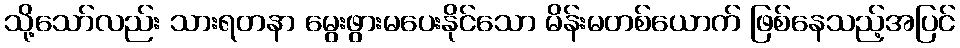
သို့သော်လည်း သားရတနာ မွေးဖွားမပေးနိုင်သော မိန်းမတစ်ယောက် ဖြစ်နေသည့်အပြင်